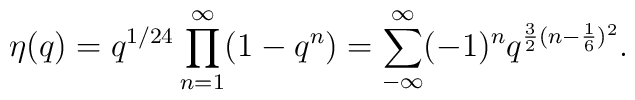
\eta (q) = q^{1/24} \prod_{n=1}^{\infty} (1-q^{n}) =\sum_{-\infty}^{\infty} (-1)^{n} q^{\frac{3}{2} (n -\frac{1}{6})^{2}} .